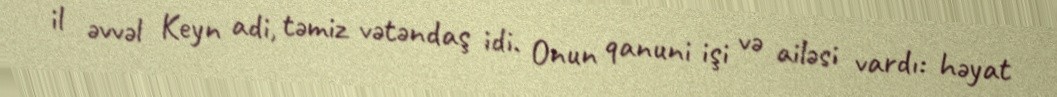
il əvvəl Keyn adi, təmiz vətəndaş idi. Onun qanuni işi və ailəsi vardı: həyat